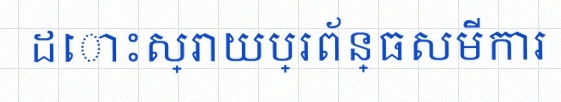
ដោះស្រាយប្រព័ន្ធសមីការ